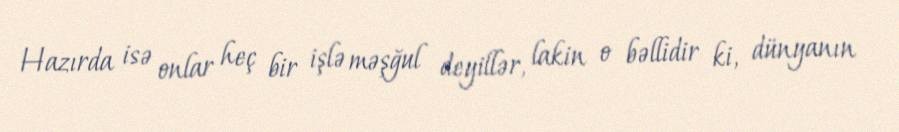
Hazırda isə onlar heç bir işlə məşğul deyillər, lakin o bəllidir ki, dünyanın